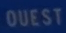
OUEST